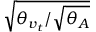
\sqrt { { \theta _ { v _ { t } } } / { \sqrt { \theta _ { A } } } }